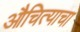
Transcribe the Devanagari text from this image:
औचित्याचा